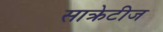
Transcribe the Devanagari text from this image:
साक्रेटीज